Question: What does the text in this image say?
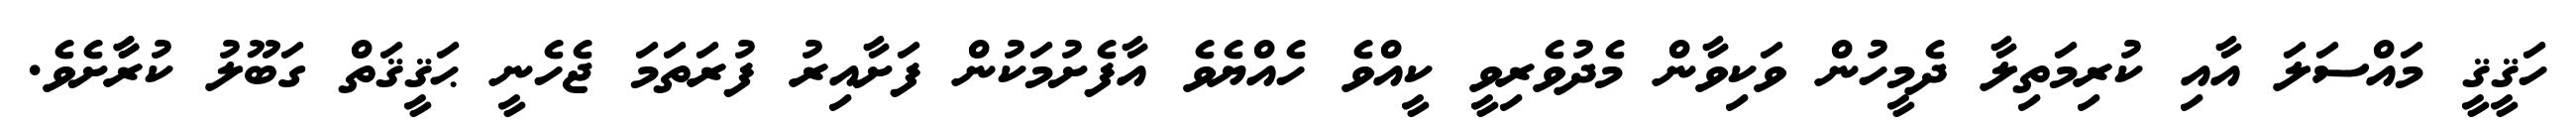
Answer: ހަޤީޤީ މައްސަލަ އާއި ކުރިމަތިލާ ދެމީހުން ވަކިވާން މެދުވެރިވީ ކީއްވެ ހެއްޔެވެ އާފެށުމަކުން ފަށާއިރު ފުރަތަމަ ޖެހެނީ ޙަޤީޤަތް ގަބޫލު ކުރާާށެވެ.